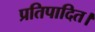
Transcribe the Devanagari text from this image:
प्रतिपादित।